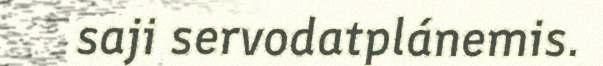
saji servodatplánemis.